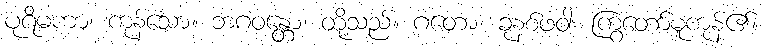
ပုရိမကာ၊ ကုန်သော။ ဘဂဝန္တော၊ တို့သည်။ ဂတော၊ ခုနစ်ဖဝါး ကြွတော်မူကုန်၏။